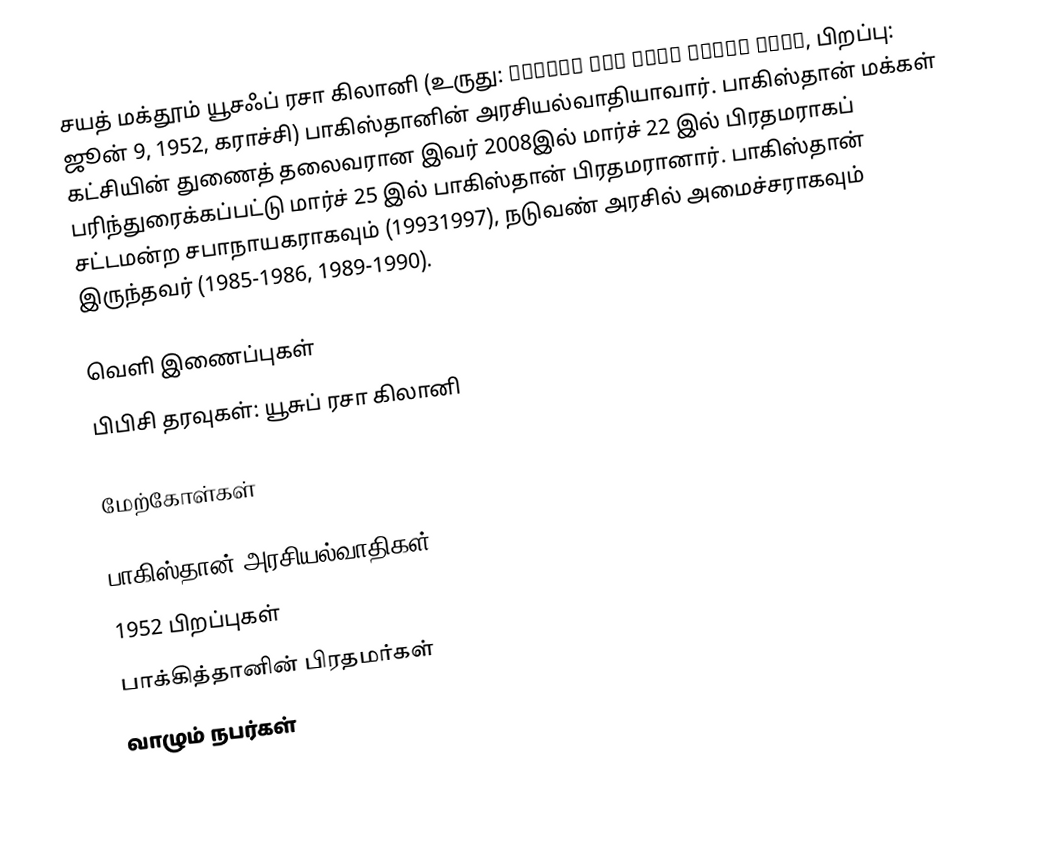
சயத் மக்தூம் யூசஃப் ரசா கிலானி (உருது: سیّد مخدوم یوسف رضا گیلانی, பிறப்பு: ஜூன் 9, 1952, கராச்சி) பாகிஸ்தானின் அரசியல்வாதியாவார். பாகிஸ்தான் மக்கள் கட்சியின் துணைத் தலைவரான இவர் 2008இல் மார்ச் 22 இல் பிரதமராகப் பரிந்துரைக்கப்பட்டு மார்ச் 25 இல் பாகிஸ்தான் பிரதமரானார். பாகிஸ்தான் சட்டமன்ற சபாநாயகராகவும் (19931997), நடுவண் அரசில் அமைச்சராகவும் இருந்தவர் (1985-1986, 1989-1990).

வெளி இணைப்புகள்
 பிபிசி தரவுகள்: யூசுப் ரசா கிலானி

மேற்கோள்கள்

பாகிஸ்தான் அரசியல்வாதிகள்
1952 பிறப்புகள்
பாக்கித்தானின் பிரதமர்கள்
வாழும் நபர்கள்